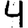
Digit: 4